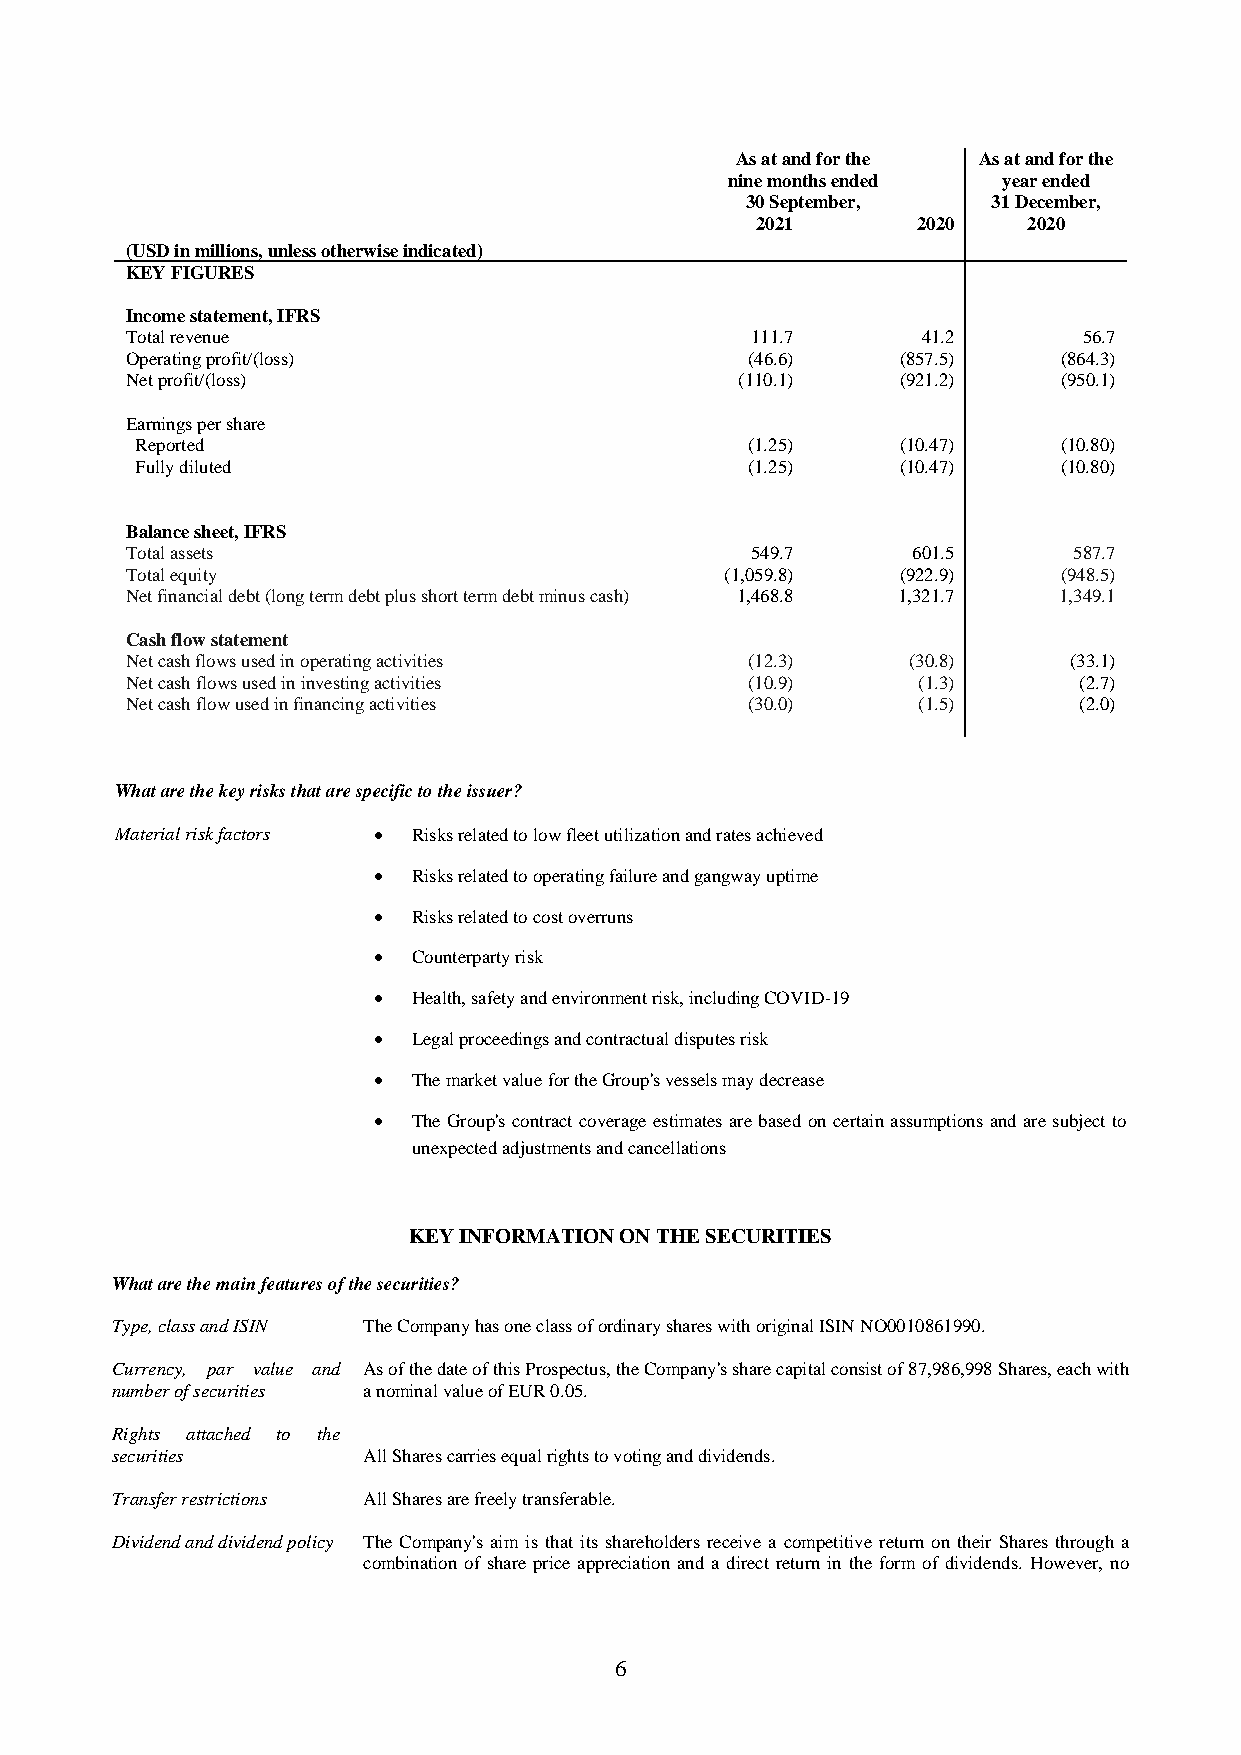
As at and for the As at and for the
 nine months ended year ended
 30 September,    31 December,
 2021       2020   2020
 (USD in millions, unless otherwise indicated)
 KEY FIGURES
 Income statement, IFRS
 Total revenue                             111.7      41.2       56.7
 Operating profit/(loss)                  (46.6)     (857.5)   (864.3)
 Net profit/(loss)                        (110.1)    (921.2)   (950.1)
 Earnings per share
 Reported                                (1.25)     (10.47)   (10.80)
 Fully diluted                           (1.25)     (10.47)   (10.80)
 Balance sheet, IFRS
 Total assets                              549.7     601.5      587.7
 Total equity                            (1,059.8)   (922.9)   (948.5)
 Net financial debt (long term debt plus short term debt minus cash) 1,468.8 1,321.7 1,349.1
 Cash flow statement
 Net cash flows used in operating activities (12.3)  (30.8)     (33.1)
 Net cash flows used in investing activities (10.9)   (1.3)     (2.7)
 Net cash flow used in financing activities (30.0)    (1.5)     (2.0)
 What are the key risks that are specific to the issuer?
 Material risk factors  Risks related to low fleet utilization and rates achieved
  Risks related to operating failure and gangway uptime
  Risks related to cost overruns
  Counterparty risk
  Health, safety and environment risk, including COVID-19
  Legal proceedings and contractual disputes risk
  The market value for the Group's vessels may decrease
  The Group's contract coverage estimates are based on certain assumptions and are subject to
 unexpected adjustments and cancellations
 KEY INFORMATION ON THE SECURITIES
 What are the main features of the securities?
 Type, class and ISIN The Company has one class of ordinary shares with original ISIN NO0010861990.
 Currency, par value and As of the date of this Prospectus, the Company's share capital consist of 87,986,998 Shares, each with
 number of securities a nominal value of EUR 0.05.
 Rights attached to the
 securities       All Shares carries equal rights to voting and dividends.
 Transfer restrictions All Shares are freely transferable.
 Dividend and dividend policy The Company's aim is that its shareholders receive a competitive return on their Shares through a
 combination of share price appreciation and a direct return in the form of dividends. However, no
 6